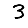
Digit: 3